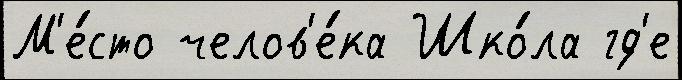
М'е́сто челов'е́ка Шко́ла гд'е